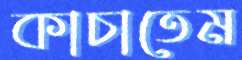
কাচাতেম